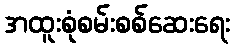
အထူးစုံစမ်းစစ်ဆေးရေး